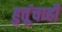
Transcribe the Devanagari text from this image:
हुतूंचाही